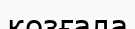
козғала